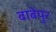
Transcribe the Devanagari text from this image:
बाबेपुर